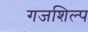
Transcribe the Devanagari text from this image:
गजशिल्प